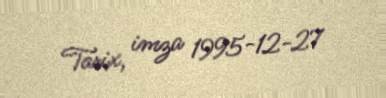
Tarix, imza 1995-12-27